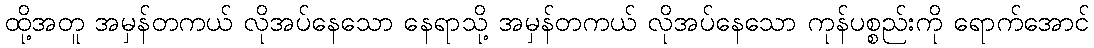
ထို့အတူ အမှန်တကယ် လိုအပ်နေသော နေရာသို့ အမှန်တကယ် လိုအပ်နေသော ကုန်ပစ္စည်းကို ရောက်အောင်